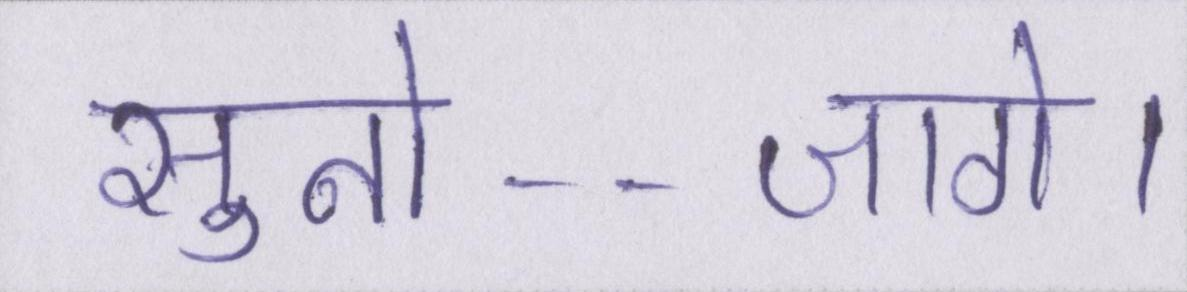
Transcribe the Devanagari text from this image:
सुनो--जागे।